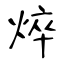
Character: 焠